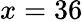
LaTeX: x=36